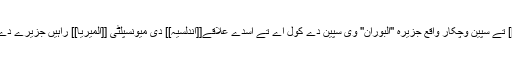
[[بحیرہ روم]] چ اتلے [[افریقہ]] تے سپین وچکار واقع جزیرہ ''البوران'' وی سپین دے کول اے تے اسدے علاقے[[اندلسیہ]] دی میونسپلٹی [[المیریا]] راہیں جزیرے دے معاملے چلائے جاندے نیں ۔